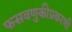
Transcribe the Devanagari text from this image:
फसवणुकीप्रकरणी